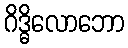
ဂိဒ္ဓိလောဘော